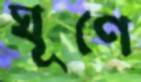
ঘূণে